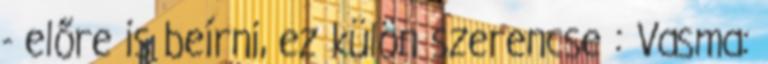
- előre is beírni, ez külön szerencse : Vasma: